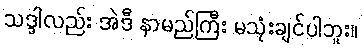
သဒ္ဒါလည်း အဲဒီ နာမည်ကြီး မသုံးချင်ပါဘူး။